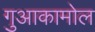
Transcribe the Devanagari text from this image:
गुआकामोल